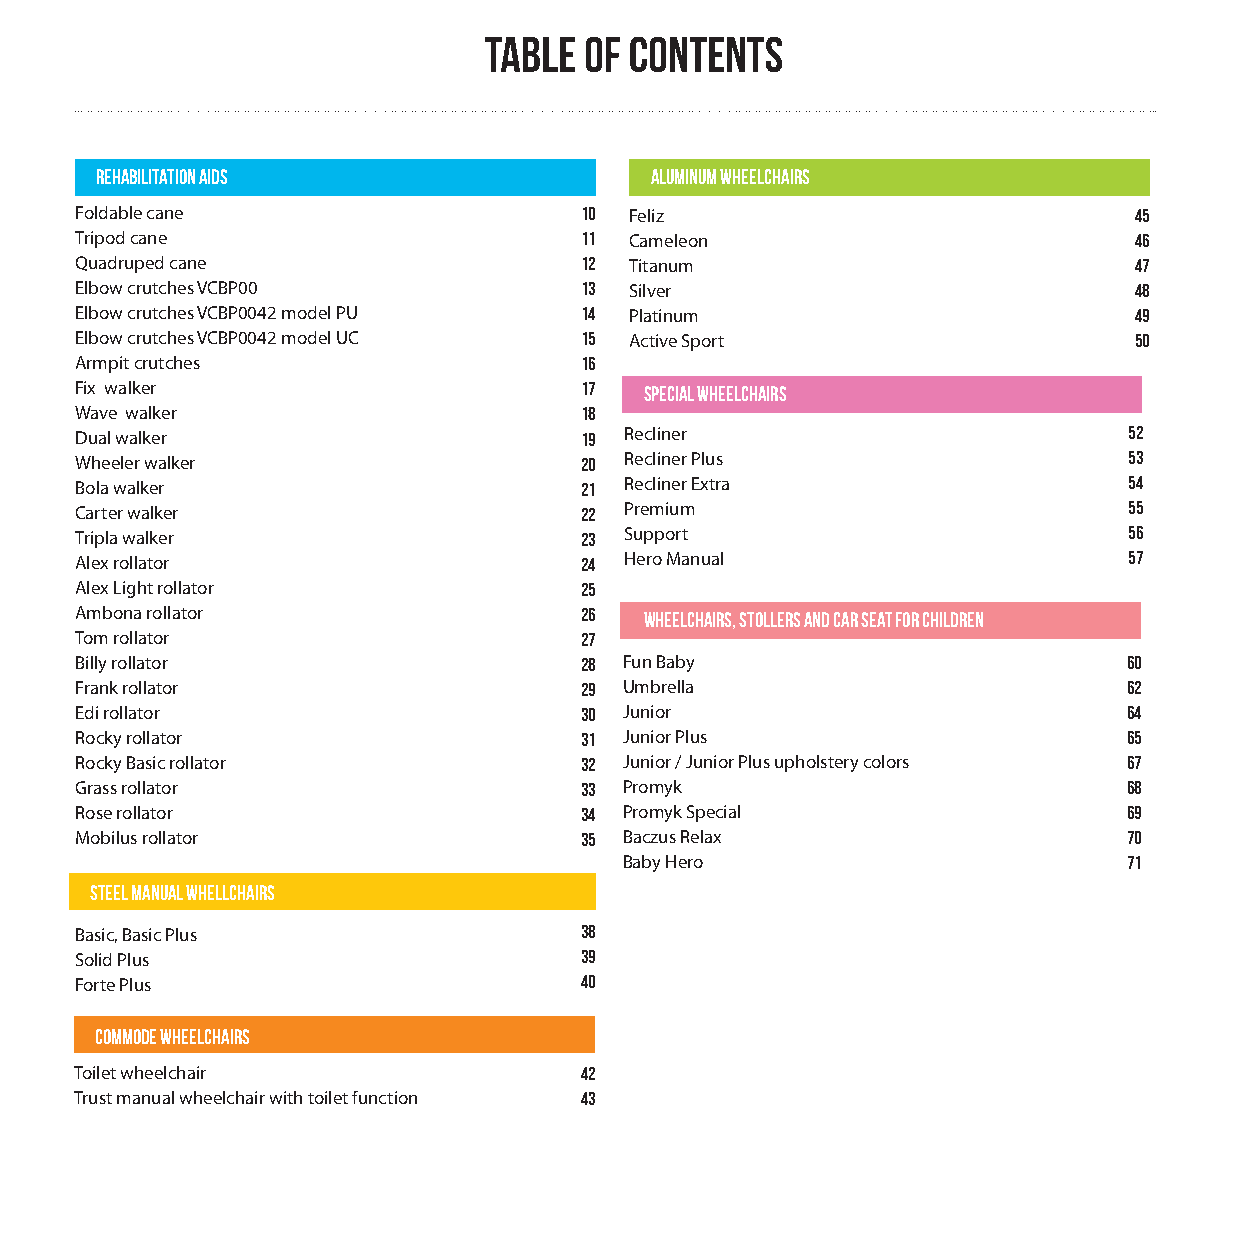
TABLE  OF CONTENTS
 REHABILITATION AIDS                  ALUMINUM WHEELCHAIRS
 Foldable cane                    10  Feliz                            45
 Tripod cane                      11  Cameleon                         46
 Quadruped cane                   12  Titanum                          47
 Elbow crutches VCBP00            13  Silver                           48
 Elbow crutches VCBP0042 model PU 14  Platinum                         49
 Elbow crutches VCBP0042 model UC 15  Active Sport                     50
 Armpit crutches                  16
 Fix walker                       17   special wheelchairs
 Wave walker                      18
 Dual walker                      19 Recliner                          52
 Wheeler walker                   20 Recliner Plus                     53
 Bola walker                      21 Recliner Extra                    54
 Carter walker                    22 Premium                           55
 Tripla walker                    23 Support                           56
 Alex rollator                    24 Hero Manual                       57
 Alex Light rollator              25
 Ambona rollator                  26   wheelchairs, stollers and car seat for children
 Tom rollator                     27
 Billy rollator                   28 Fun Baby                          60
 Frank rollator                   29 Umbrella                          62
 Edi rollator                     30 Junior                            64
 Rocky rollator                   31 Junior Plus                       65
 Rocky Basic rollator             32 Junior / Junior Plus upholstery colors 67
 Grass rollator                   33 Promyk                            68
 Rose rollator                    34 Promyk Special                    69
 Mobilus rollator                 35 Baczus Relax                      70
 Baby Hero                         71
 steel manual whellchairs
 Basic, Basic Plus                38
 Solid Plus                       39
 Forte Plus                       40
 COMMODE WHEELCHAIRS
 Toilet wheelchair                42
 Trust manual wheelchair with toilet function 43